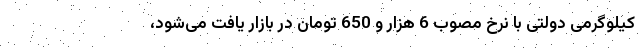
کیلوگرمی دولتی با نرخ مصوب 6 هزار و 650 تومان در بازار یافت می‌شود،